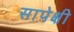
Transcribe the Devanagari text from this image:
सापेक्षी